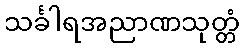
သင်္ခါရအညာဏသုတ္တံ